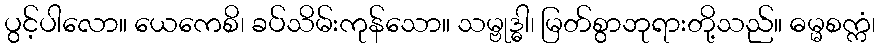
ပွင့်ပါလော။ ယေကေစိ၊ ခပ်သိမ်းကုန်သော။ သမ္ဗုဒ္ဓါ၊ မြတ်စွာဘုရားတို့သည်။ ဓမ္မစက္ကံ၊